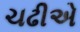
ચઢીએ